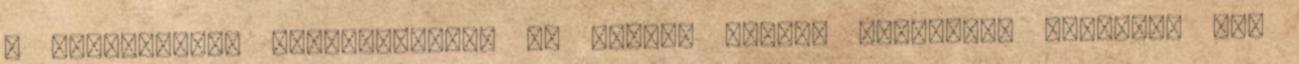
a szakértőink álláspontját, az alábbi linkre kattintva tölthető le: